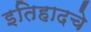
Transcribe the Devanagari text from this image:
इतिहादचे